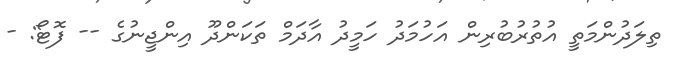
ތިލަދުންމަތީ އުތުރުބުރިން އަހުމަދު ހަމީދު އާދަމް ތަކަންދޫ އިންޖީނުގެ -- ފޮޓޯ: -